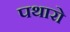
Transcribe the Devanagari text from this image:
पथारो